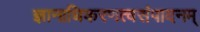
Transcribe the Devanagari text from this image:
ज्ञानाधिकरणत्वसंपादनम्